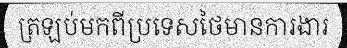
ត្រឡប់មកពីប្រទេសថៃមានការងារ